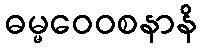
ဓမ္မဝေဝစနာနိ